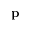
\mathbf { p }